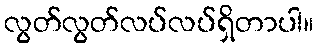
လွတ်လွတ်လပ်လပ်ရှိတာပါ။